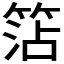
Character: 𥮒